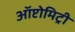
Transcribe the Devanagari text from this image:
ऑप्टोमिट्री